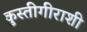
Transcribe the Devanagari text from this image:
कुस्तीगीराशी